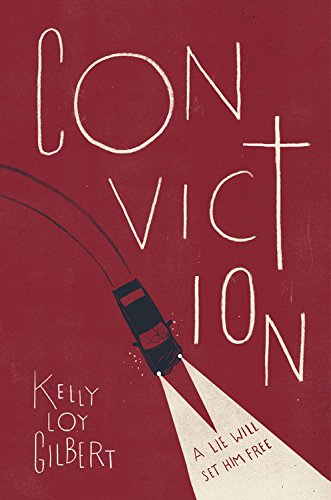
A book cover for Conviction; Kelly Loy Gilbert; Teen & Young Adult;